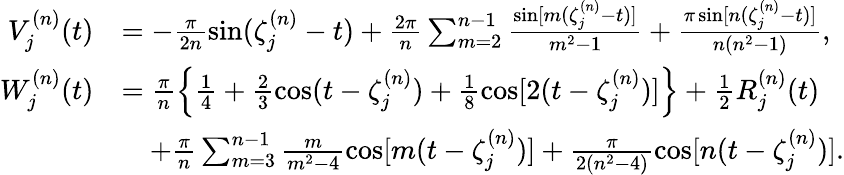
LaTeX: \begin{array}{rl}{V_{j}^{(n)}(t)}&{=-\frac{\pi}{2n}\sin(\zeta_{j}^{(n)}-t)+\frac{2\pi}{n}\sum_{m=2}^{n-1}\frac{\sin[m(\zeta_{j}^{(n)}-t)]}{m^{2}-1}+\frac{\pi\sin[n(\zeta_{j}^{(n)}-t)]}{n(n^{2}-1)},}\\ {W_{j}^{(n)}(t)}&{=\frac{\pi}{n}\Big\{ \frac{1}{4}+\frac{2}{3}\cos(t-\zeta_{j}^{(n)})+\frac{1}{8}\cos[2(t-\zeta_{j}^{(n)})]\Big\} +\frac{1}{2}R_{j}^{(n)}(t)}\\ &{\quad+\frac{\pi}{n}\sum_{m=3}^{n-1}\frac{m}{m^{2}-4}\cos[m(t-\zeta_{j}^{(n)})]+\frac{\pi}{2(n^{2}-4)}\cos[n(t-\zeta_{j}^{(n)})].}\end{array}